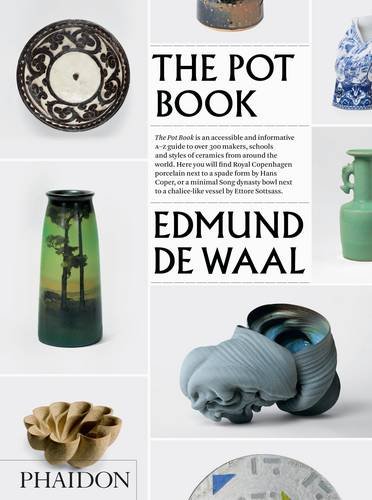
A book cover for The Pot Book; Crafts, Hobbies & Home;